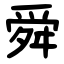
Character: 舜